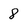
Character: 8